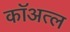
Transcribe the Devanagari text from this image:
कॉअत्ल